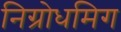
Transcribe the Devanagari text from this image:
निग्रोधमिग